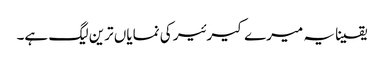
یقینا یہ میرے کیرئیر کی نمایاں ترین لیگ ہے۔